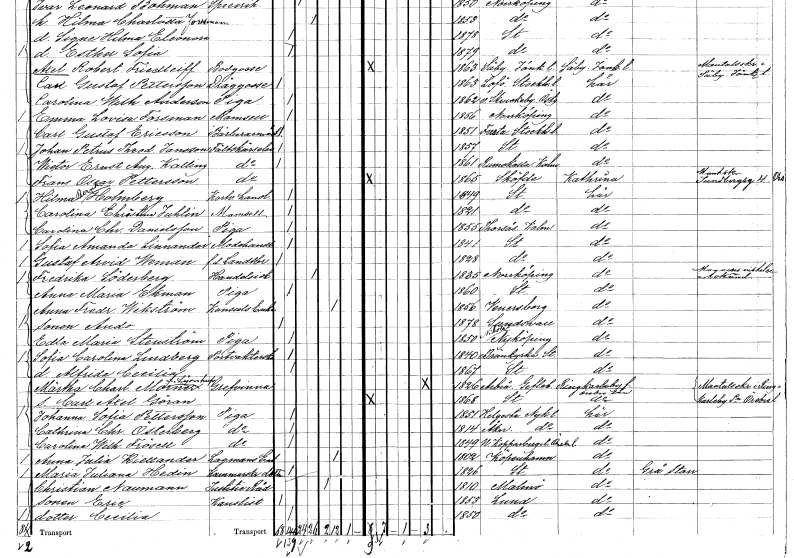
gt_parse: households: individuals: FN: Hilma Bernhardina
EN: Holmberg
YRKE: Kortvaruhandel
KON: K
CIV: O
FODAR: 1849
FODFORS: Stockholm
FN: Carolina Christina
EN: Juhlin
KON: K
CIV: O
FODAR: 1821
FODFORS: Stockholm
FN: Carolina Christina
EN: Danielsson
YRKE: Piga
KON: K
CIV: O
FODAR: 1855
FODFORS: Torsås Kalmar län
FN: Sofia Amanda
EN: Linnander
YRKE: Modehandlerska
KON: K
CIV: O
FODAR: 1841
FODFORS: Stockholm
FN: Gustaf Arvid
EN: Weman
YRKE: Lantbrukare f.d.
KON: M
CIV: O
FODAR: 1828
FODFORS: Stockholm
FN: Fredrika
EN: Söderberg
YRKE: Handelsidkare
KON: K
CIV: G
FODAR: 1835
FODFORS: Norrköping Östergötlands län
FN: Anna Maria
EN: Ekman
YRKE: Piga
KON: K
CIV: O
FODAR: 1860
FODFORS: Stockholm
FN: Anna Fredrika
EN: Wikström
YRKE: Konsulsänka
KON: K
CIV: E
FODAR: 1856
FODFORS: Vänersborg Älvsborgs län
FN: Ando
KON: M
CIV: O
FODAR: 1878
FODFORS: Sundsvall Västernorrlands län
FN: Edla Maria
EN: Stenström
YRKE: Piga
KON: K
CIV: O
FODAR: 1850
FODFORS: Nikolai Södermanlands län
FN: Sofia Carolina
EN: Lindberg
YRKE: Portvakt
KON: K
CIV: O
FODAR: 1840
FODFORS: Brännkyrka Stockholms län
FN: Alfrida Cecilia
KON: K
CIV: O
FODAR: 1867
FODFORS: Stockholm
FN: Märtha Charlotta
EN: Mörner Lejonhufvud
KON: K
CIV: E
FODAR: 1826
FODFORS: Arbrå Gävleborgs län
FN: Carl Axel Göran
KON: M
CIV: O
FODAR: 1868
FODFORS: Stockholm
FN: Johanna Sofia
EN: Pettersson
YRKE: Piga
KON: K
CIV: O
FODAR: 1851
FODFORS: Helgesta Södermanlands län
FN: Cathrina Christina
EN: Österberg
YRKE: Piga
KON: K
CIV: O
FODAR: 1814
FODFORS: Åker Södermanlands län
FN: Caroline Wilhelmina
EN: Frösell
YRKE: Piga
KON: K
CIV: O
FODAR: 1849
FODFORS: N. Kopparberget Örebro län
FN: Anna Julia
EN: Kiellander
YRKE: Lagmansänka
KON: K
CIV: E
FODAR: 1802
FN: Maria Juliana
EN: Hedin
YRKE: Kammarskrivaredotter
KON: K
CIV: O
FODAR: 1826
FODFORS: Stockholm
FN: Christian
EN: Naumann
YRKE: Justitieråd
KON: M
CIV: E
FODAR: 1810
FODFORS: Malmö Malmöhus län
FN: Eric
YRKE: Kanslist
KON: M
CIV: O
FODAR: 1853
FODFORS: Lund Malmöhus län
FN: Cecilia
KON: K
CIV: O
FODAR: 1850
FODFORS: Lund Malmöhus län